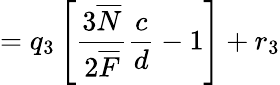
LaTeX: =q_{3}\left[\frac{3\overline{{{N}}}}{2\overline{{{F}}}}\frac{c}{d}-1\right]+r_{3}